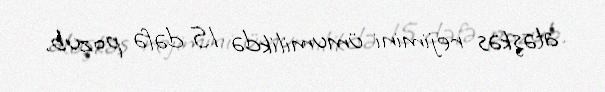
atəşkəs rejimini ümumilikdə 15 dəfə pozub.